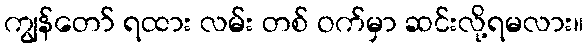
ကျွန်တော် ရထား လမ်း တစ် ဝက်မှာ ဆင်းလို့ရမလား။